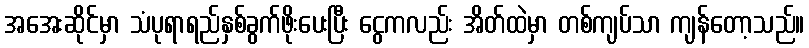
အအေးဆိုင်မှာ သံပုရာရည်နှစ်ခွက်ဖိုးပေးပြီး ငွေကလည်း အိတ်ထဲမှာ တစ်ကျပ်သာ ကျန်တော့သည်။